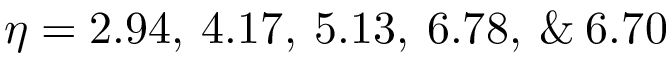
\eta = 2 . 9 4 , \: 4 . 1 7 , \: 5 . 1 3 , \: 6 . 7 8 , \: \& \: 6 . 7 0